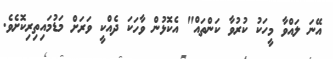
އޭނަ ލައްވާ މީހަކު ކުރުވާ ކަންތައް" އެކޮޅުން ވާހަކަ ދެއްކީ ވަރަށް މަޑުމައިތިރިކޮށެވެ.